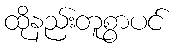
ထိုနည်းတူစွာပင်